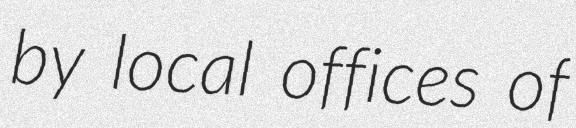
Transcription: by local offices of